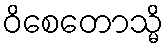
ဝိစေတောသ္မိ